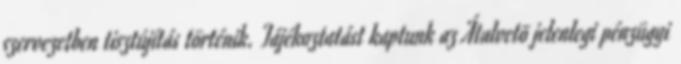
szervezetben tisztújítás történik. Tájékoztatást kaptunk az Átalvetõ jelenlegi pénzügyi